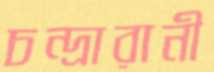
চন্দ্রারানী